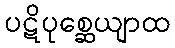
ပဋိပုစ္ဆေယျာထ